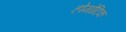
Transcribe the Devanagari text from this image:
होमोटिक